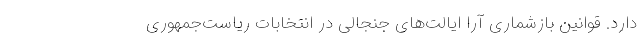
دارد. قوانین بازشماری آرا ایالت‌های جنجالی در انتخابات ریاست‌جمهوری